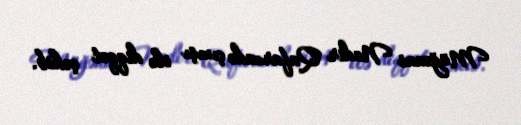
Müğənni Nadir Qafarzadə çıxışı ilə diqqət çəkib.